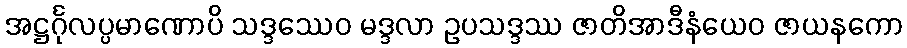
အဋ္ဌင်္ဂုလပ္ပမာဏောပိ သဒ္ဒဿေဝ မဒ္ဒလာ ဥပသဒ္ဒဿ ဇာတိအာဒီနံယေဝ ဇာယနကော